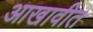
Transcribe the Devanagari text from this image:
आखावीत